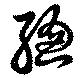
総